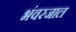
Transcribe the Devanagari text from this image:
भंवरजाल